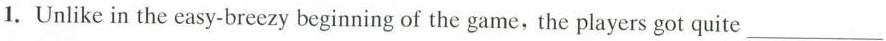
1. Unlike in the easy-breezy beginning of the game, the players got quite ___